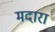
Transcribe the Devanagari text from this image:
मदारा